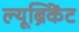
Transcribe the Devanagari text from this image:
ल्यूब्रिकेंट